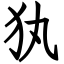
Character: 犱